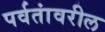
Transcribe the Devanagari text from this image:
पर्वतांवरील